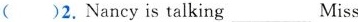
Li\underlineher plans \underline